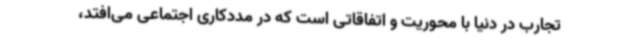
تجارب در دنیا با محوریت و اتفاقاتی است که در مددکاری اجتماعی می‌افتد،